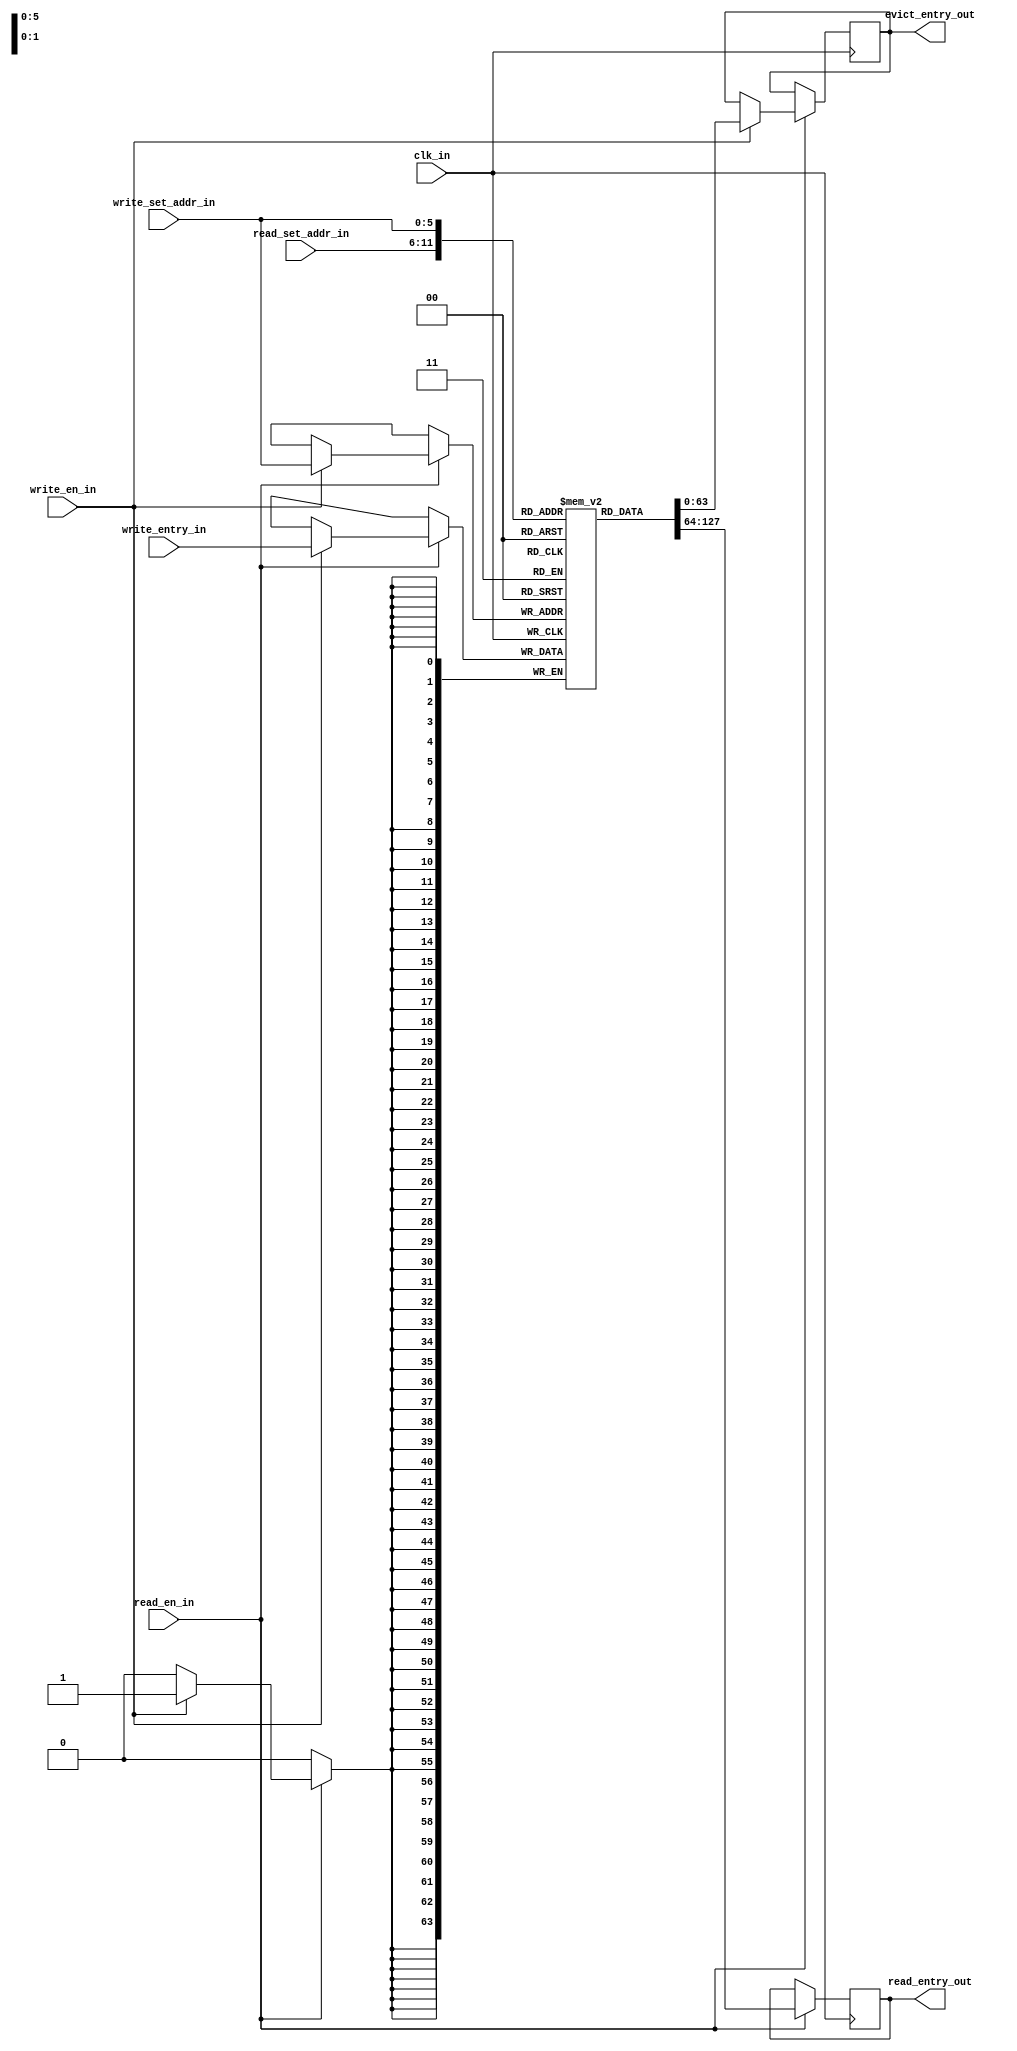
module dual_port_blockram
#(
    parameter SINGLE_ENTRY_SIZE_IN_BITS   = 64,
    parameter NUM_SET                     = 64,
    parameter SET_PTR_WIDTH_IN_BITS       = 6
)
(
    input                                               clk_in,

    input                                               read_en_in,
    input      [SET_PTR_WIDTH_IN_BITS     - 1 : 0]      read_set_addr_in,
    output reg [SINGLE_ENTRY_SIZE_IN_BITS - 1 : 0]      read_entry_out,

    input                                               write_en_in,
    input      [SET_PTR_WIDTH_IN_BITS     - 1 : 0]      write_set_addr_in,
    input      [SINGLE_ENTRY_SIZE_IN_BITS - 1 : 0]      write_entry_in,
    output reg [SINGLE_ENTRY_SIZE_IN_BITS - 1 : 0]      evict_entry_out
);

(* ram_style = "block" *) reg [SINGLE_ENTRY_SIZE_IN_BITS - 1 : 0] blockram [NUM_SET - 1 : 0];

always @(posedge clk_in)
begin
    if(read_en_in)
    begin

        read_entry_out <= blockram[read_set_addr_in];

        if(write_en_in)
        begin
            evict_entry_out             <= blockram[write_set_addr_in];
            blockram[write_set_addr_in] <= write_entry_in;
        end
    end
end
endmodule